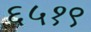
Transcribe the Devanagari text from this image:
६५१९